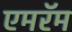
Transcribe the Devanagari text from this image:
एमरॅम